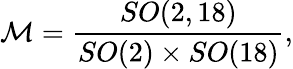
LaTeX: {\cal M}={\frac{SO(2,18)}{SO(2)\times SO(18)}},